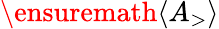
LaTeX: \ensuremath{\langle A_{\mathrm{>}}\rangle}